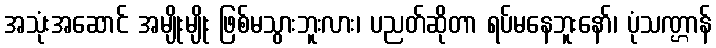
အသုံးအဆောင် အမျိုးမျိုး ဖြစ်မသွားဘူးလား၊ ပညတ်ဆိုတာ ရပ်မနေဘူးနော်၊ ပုံသဏ္ဌာန်